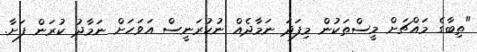
"ތިބާގެ މައްޗަށް މީސްތަކުން މިފަދަ ނަމާދެއް ނުކުރަނީސް އަވަހަށް ނަމާދު ކުރަން ފަށާ.